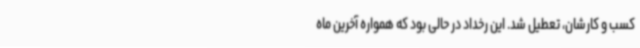
کسب و ‌کارشان، تعطیل شد. این رخداد در حالی بود که همواره آخرین ماه